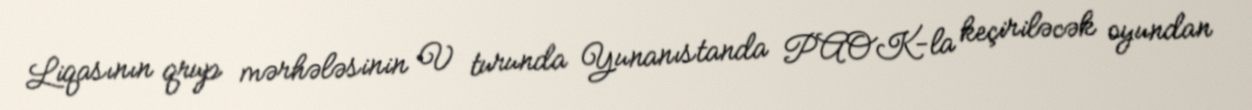
Liqasının qrup mərhələsinin V turunda Yunanıstanda PAOK-la keçiriləcək oyundan